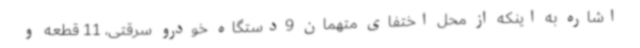
اشاره به اینکه از محل اختفای متهمان 9دستگاه خودرو سرقتی، 11 قطعه و